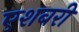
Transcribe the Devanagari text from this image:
एशबरी